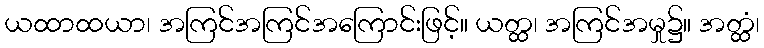
ယထာထယာ၊ အကြင်အကြင်အကြောင်းဖြင့်။ ယတ္ထ၊ အကြင်အမှု၌။ အတ္ထံ၊